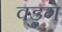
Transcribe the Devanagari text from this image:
वडुग